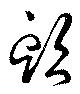
頭